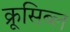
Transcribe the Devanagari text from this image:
क्रूसिब्ल